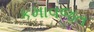
કમાવજત